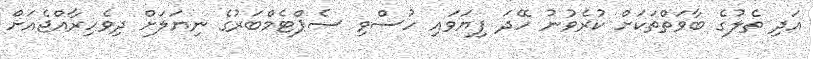
އަދި ތެލުގެ ބާވަތްތަކަށް ކުރެވުނު ހޭދަ ފިޔަވައި ހުސްވި ސެޕްޓެމްބަރުގެ ނިޔަލަށް ދިވެހިރާއްޖެއަށް